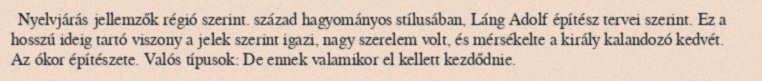
Nyelvjárás jellemzők régió szerint. század hagyományos stílusában, Láng Adolf építész tervei szerint. Ez a hosszú ideig tartó viszony a jelek szerint igazi, nagy szerelem volt, és mérsékelte a király kalandozó kedvét. Az ókor építészete. Valós típusok: De ennek valamikor el kellett kezdődnie.